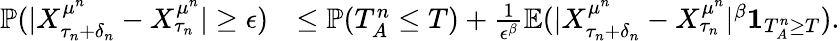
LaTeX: \begin{array}{rl}{\mathbb{P}(|X_{\tau_{n}+\delta_{n}}^{\mu^{n}}-X_{\tau_{n}}^{\mu^{n}}|\geq\epsilon)}&{\leq\mathbb{P}(T_{A}^{n}\leq T)+\frac{1}{\epsilon^{\beta}}\mathbb{E}(|X_{\tau_{n}+\delta_{n}}^{\mu^{n}}-X_{\tau_{n}}^{\mu^{n}}|^{\beta}\mathbf{1}_{T_{A}^{n}\geq T}).}\end{array}